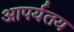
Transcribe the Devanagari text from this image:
आपर्यतय